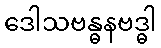
ဒေါသဗန္ဓနဗဒ္ဓါ